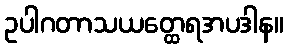
ဥပါဂတာသယတ္ထေရအပဒါန။